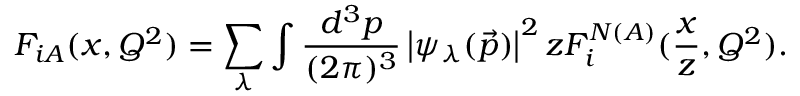
F _ { i A } ( x , Q ^ { 2 } ) = \sum _ { \lambda } \int \frac { d ^ { 3 } p } { ( 2 \pi ) ^ { 3 } } \left| \psi _ { \lambda } ( \vec { p } ) \right| ^ { 2 } z F _ { i } ^ { N ( A ) } ( \frac { x } { z } , Q ^ { 2 } ) .